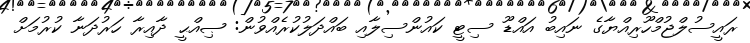
ރައީސުލްޖުމްހޫރިއްޔާގެ ނައިބު އައްޑޫ ސިޓީ ކައުންސިލާއި ބައްދަލުކުރެއްވުން: ޞިއްޙީ ދާއިރާ ހަރުދަނާ ކުރުމަށް